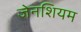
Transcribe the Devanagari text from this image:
जेनशियम